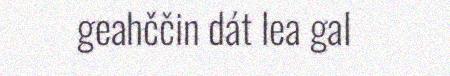
geahččin dát lea gal